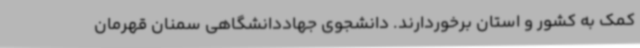
کمک به کشور و استان برخوردارند. دانشجوی جهاددانشگاهی سمنان قهرمان